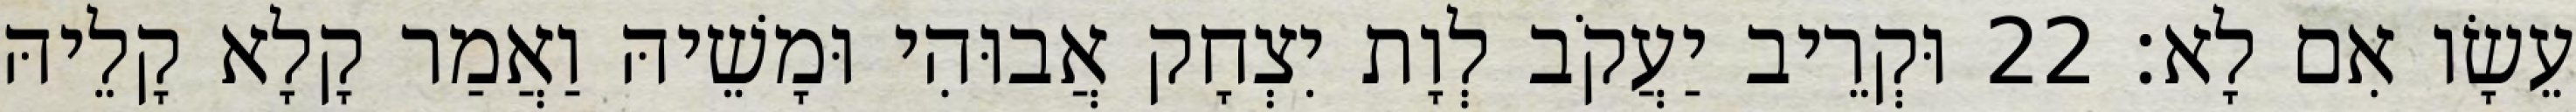
עֵשָׂו אִם לָא׃ 22 וּקְרֵיב יַעֲקֹב לְוָת יִצְחָק אֲבוּהִי וּמָשֵׁיהּ וַאֲמַר קָלָא קָלֵיהּ